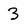
Character: 3